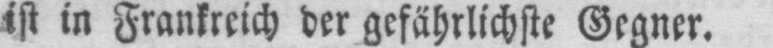
ist in Frankreich der gefährlichste Gegner.